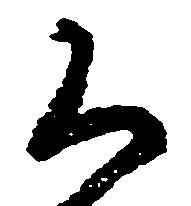
く